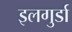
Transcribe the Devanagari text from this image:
इलगुर्डा